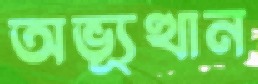
অভ্যূত্থান